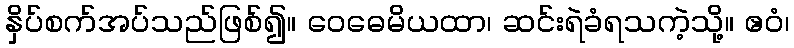
နှိပ်စက်အပ်သည်ဖြစ်၍။ ဝေဓေမိယထာ၊ ဆင်းရဲခံရသကဲ့သို့။ ဧဝံ၊